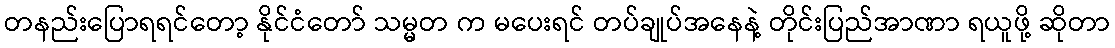
တနည်းပြောရရင်တော့ နိုင်ငံတော် သမ္မတ က မပေးရင် တပ်ချုပ်အနေနဲ့ တိုင်းပြည်အာဏာ ရယူဖို့ ဆိုတာ